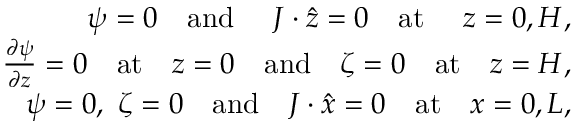
\begin{array} { r } { \psi = 0 \quad \mathrm { a n d \ } \quad { \ensuremath { \boldsymbol } J } \cdot { \hat { \ensuremath { \boldsymbol } z } } = 0 \quad \mathrm { a t \ } \quad z = 0 , H , } \\ { \frac { \partial { \psi } } { \partial { z } } = 0 \quad \mathrm { a t } \quad z = 0 \quad \mathrm { a n d } \quad \zeta = 0 \quad \mathrm { a t } \quad z = H , } \\ { \psi = 0 , ~ \zeta = 0 \quad \mathrm { a n d } \quad { \ensuremath { \boldsymbol } J } \cdot { \hat { \ensuremath { \boldsymbol } x } = 0 \quad \mathrm { a t } \quad } x = 0 , L , } \end{array}